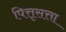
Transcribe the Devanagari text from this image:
पित्तृसत्ता